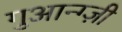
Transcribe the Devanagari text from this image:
गुआन्ग्ज़ी